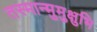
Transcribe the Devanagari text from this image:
तस्मान्मुमुक्षुभि